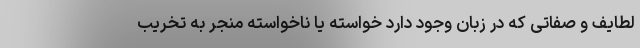
لطایف و صفاتی که در زبان وجود دارد خواسته یا ناخواسته منجر به تخریب